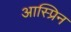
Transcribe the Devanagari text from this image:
आस्प्रिन